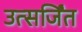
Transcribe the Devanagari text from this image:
उत्सर्जिंत